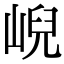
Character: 𡸣